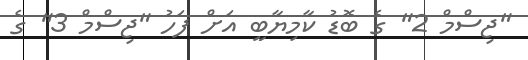
"ޖިސްމް 2" ގެ ބޮޑު ކާމިޔާބީ އަށް ފަހު "ޖިސްމް 3" ގެ